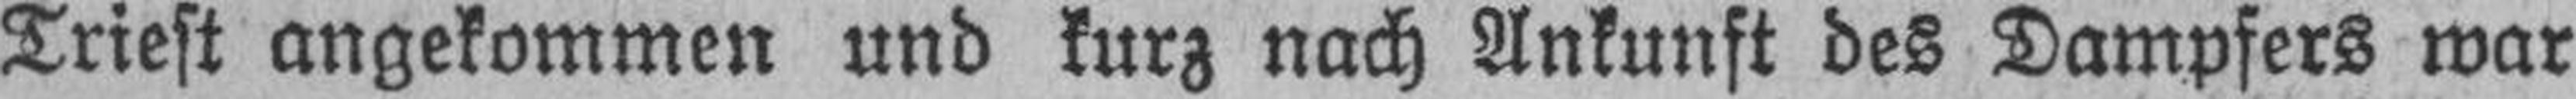
Triest angekommen und kurz nach Ankunft des Dampfers war